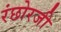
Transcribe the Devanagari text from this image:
रंछोरजी